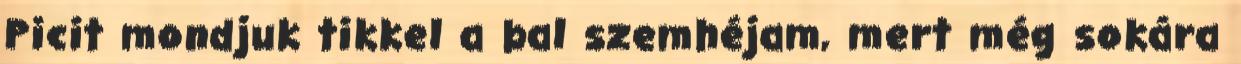
Picit mondjuk tikkel a bal szemhéjam, mert még sokára